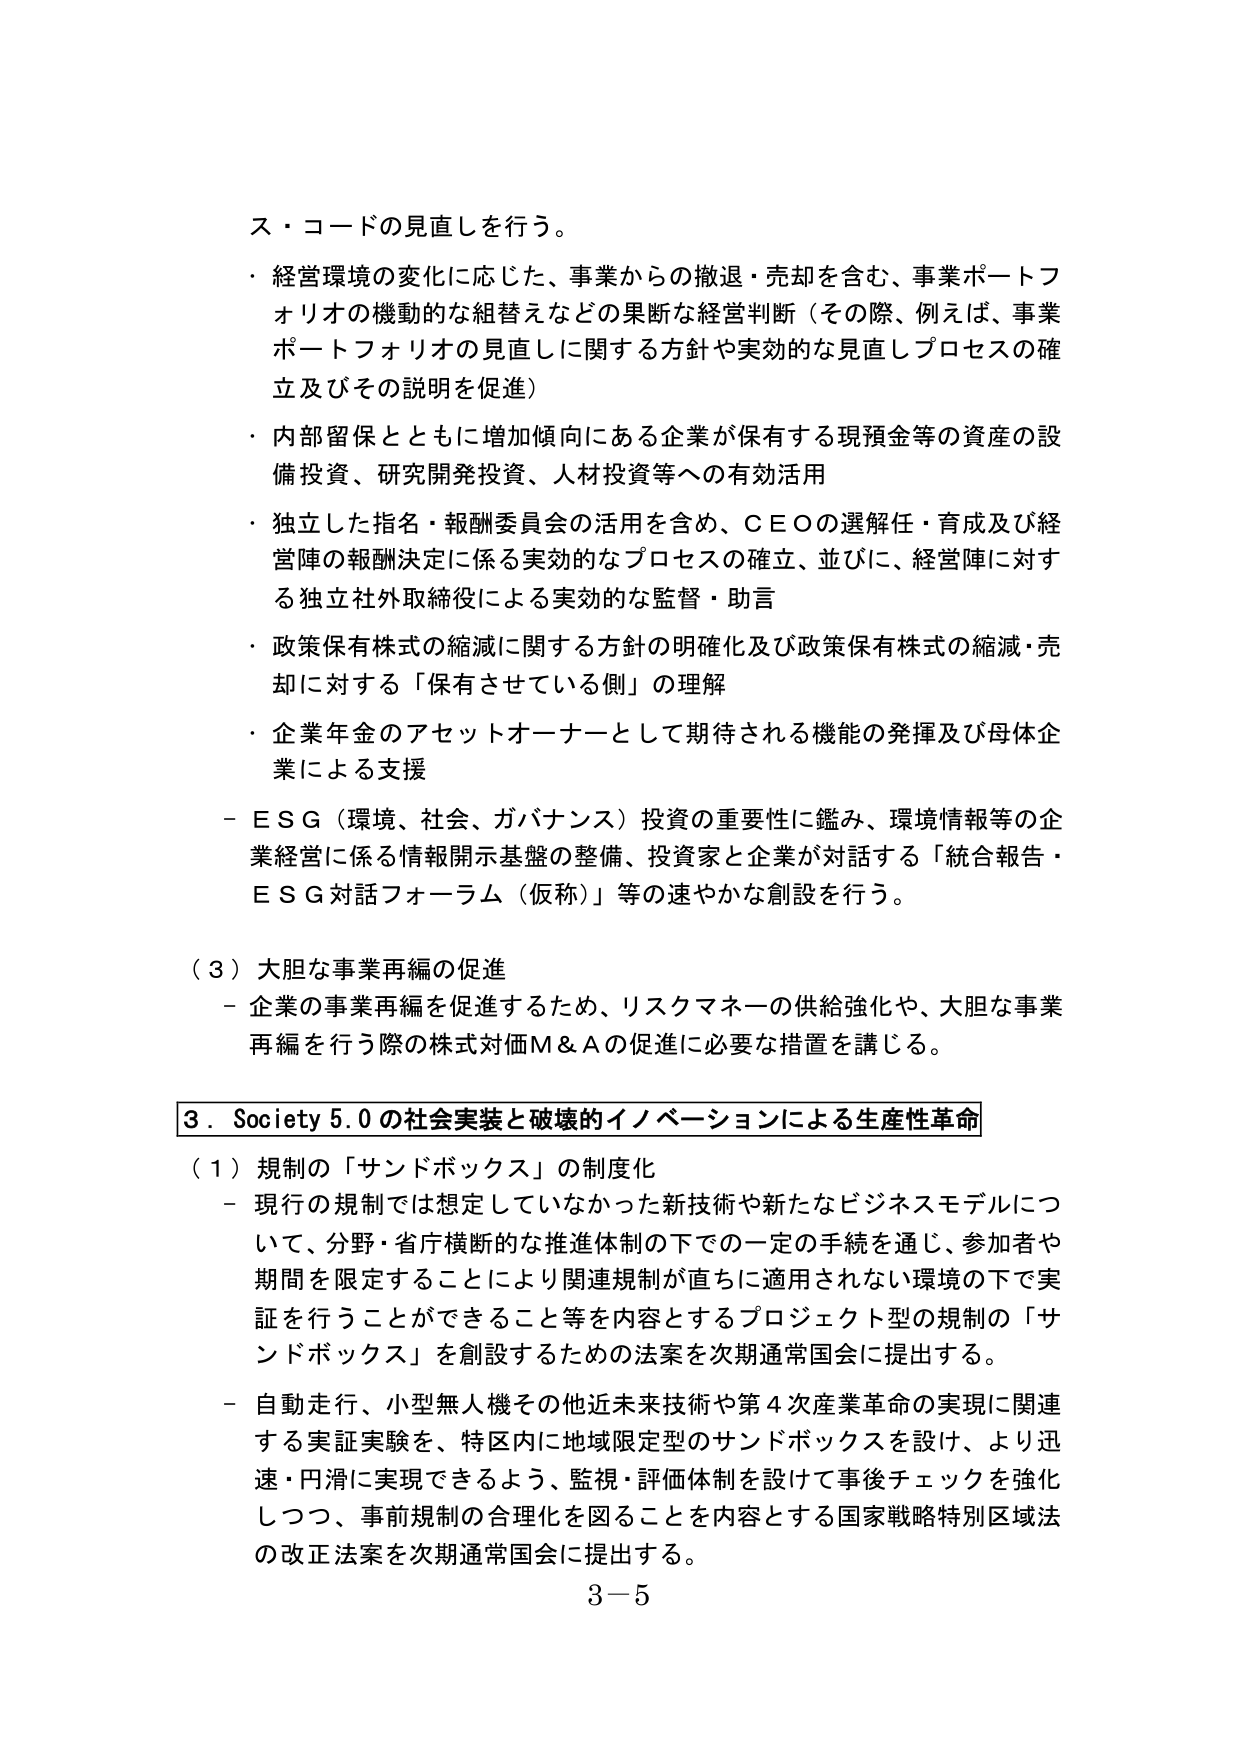
ス・コードの見直しを行う。

・経営環境の変化に応じた、事業からの撤退・売却を含む、事業ポートフォリオの機動的な組替えなどの果断な経営判断（その際、例えば、事業ポートフォリオの見直しに関する方針や実効的な見直しプロセスの確立及びその説明を促進）

・内部留保とともに増加傾向にある企業が保有する現預金等の資産の設備投資、研究開発投資、人材投資等への有効活用

・独立した指名・報酬委員会の活用を含め、ＣＥＯの選解任・育成及び経営陣の報酬決定に係る実効的なプロセスの確立、並びに、経営陣に対する独立社外取締役による実効的な監督・助言

・政策保有株式の縮減に関する方針の明確化及び政策保有株式の縮減・売却に対する「保有させている側」の理解

・企業年金のアセットオーナーとして期待される機能の発揮及び母体企業による支援

－ＥＳＧ（環境、社会、ガバナンス）投資の重要性に鑑み、環境情報等の企業経営に係る情報開示基盤の整備、投資家と企業が対話する「統合報告・ＥＳＧ対話フォーラム（仮称）」等の速やかな創設を行う。

（３）大胆な事業再編の促進
－企業の事業再編を促進するため、リスクマネーの供給強化や、大胆な事業再編を行う際の株式対価Ｍ＆Ａの促進に必要な措置を講じる。

３．Society 5.0 の社会実装と破壊的イノベーションによる生産性革命

（１）規制の「サンドボックス」の制度化
－現行の規制では想定していなかった新技術や新たなビジネスモデルについて、分野・省庁横断的な推進体制の下での一定の手続を通じ、参加者や期間を限定することにより関連規制が直ちに適用されない環境の下で実証を行うことができるこ と等を内容とするプロジェクト型の規制の「サンドボックス」を創設するための法案を次期通常国会に提出する。

－自動走行、小型無人機その他近未来技術や第４次産業革命の実現に関連する実証実験を、特区内に地域限定型のサンドボックスを設け、より迅速・円滑に実現できるよう、監視・評価体制を設けて事後チェックを強化しつつ、事前規制の合理化を図ることを内容とする国家戦略特別区域法の改正法案を次期通常国会に提出する。

３－５